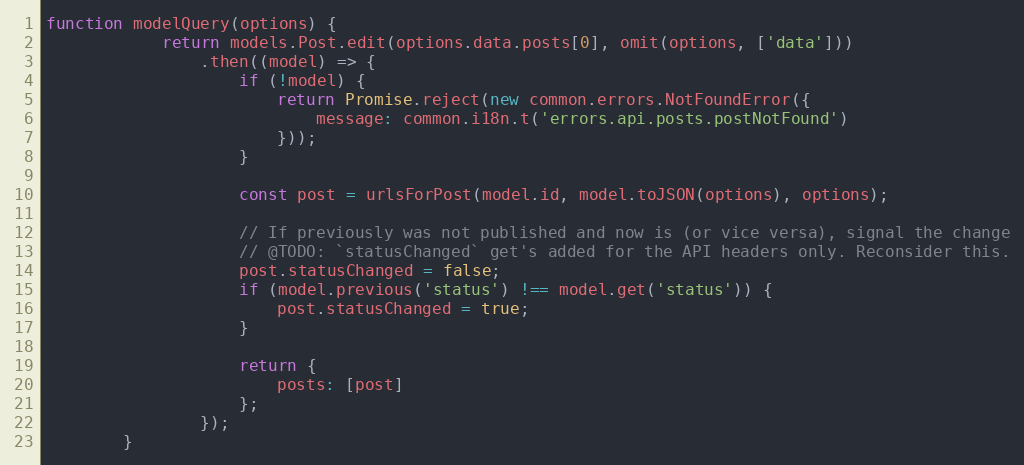
Language: JavaScript
function modelQuery(options) {
            return models.Post.edit(options.data.posts[0], omit(options, ['data']))
                .then((model) => {
                    if (!model) {
                        return Promise.reject(new common.errors.NotFoundError({
                            message: common.i18n.t('errors.api.posts.postNotFound')
                        }));
                    }

                    const post = urlsForPost(model.id, model.toJSON(options), options);

                    // If previously was not published and now is (or vice versa), signal the change
                    // @TODO: `statusChanged` get's added for the API headers only. Reconsider this.
                    post.statusChanged = false;
                    if (model.previous('status') !== model.get('status')) {
                        post.statusChanged = true;
                    }

                    return {
                        posts: [post]
                    };
                });
        }